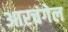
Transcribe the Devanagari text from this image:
आरचंगेल